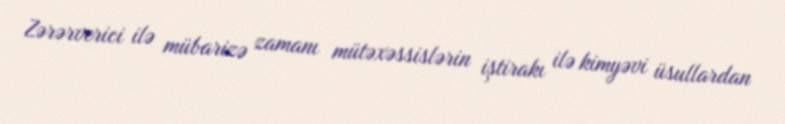
Zərərverici ilə mübarizə zamanı mütəxəssislərin iştirakı ilə kimyəvi üsullardan